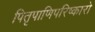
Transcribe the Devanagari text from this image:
पितृपाणिपरिष्कारो